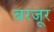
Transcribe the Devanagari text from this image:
बरजूर